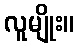
လူမျိုး။